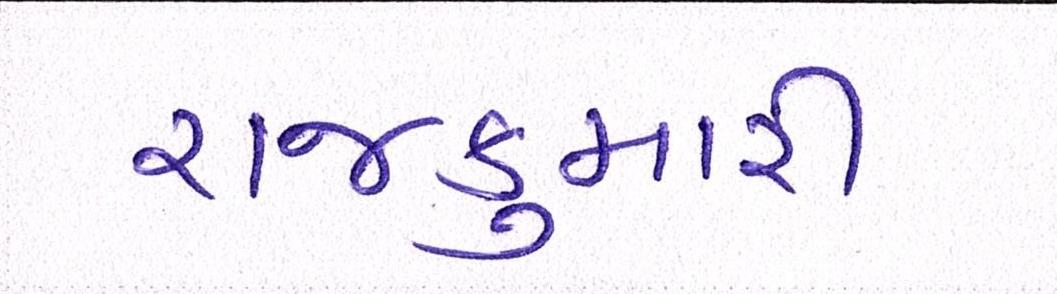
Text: રાજકુમારી